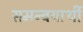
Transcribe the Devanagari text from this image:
समन्वयार्थी